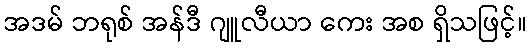
အဒမ် ဘရုစ် အန်ဒီ ဂျူလီယာ ကေး အစ ရှိသဖြင့်။